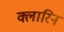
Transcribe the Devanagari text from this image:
क्लारिन